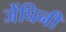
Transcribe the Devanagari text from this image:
जेंघिनी